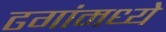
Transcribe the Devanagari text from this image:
ढगांमध्ये